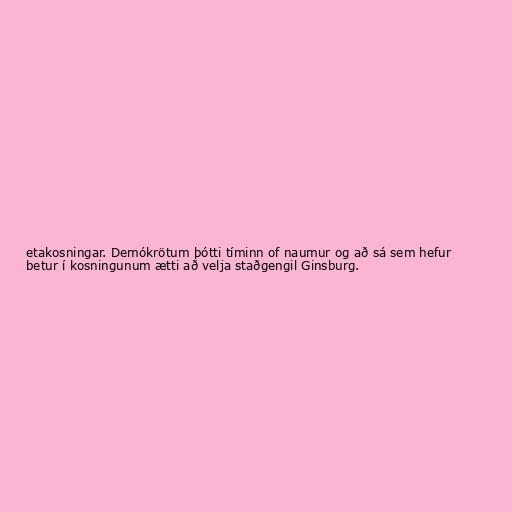
etakosningar. Demókrötum þótti tíminn of naumur og að sá sem hefur
betur í kosningunum ætti að velja staðgengil Ginsburg.